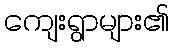
ကျေးရွာများ၏